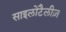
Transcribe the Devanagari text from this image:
साइलोटैलीज़